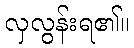
လှလွန်းရ၏။